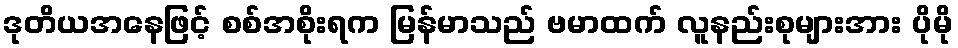
ဒုတိယအနေဖြင့် စစ်အစိုးရက မြန်မာသည် ဗမာထက် လူနည်းစုများအား ပိုမို